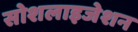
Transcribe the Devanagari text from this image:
सोशलाइजेशन